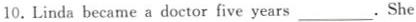
10.Linda became a doctor five years___.She